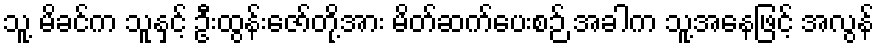
သူ့ မိခင်က သူနှင့် ဦးထွန်းဇော်တို့အား မိတ်ဆက်ပေးစဉ် အခါက သူ့အနေဖြင့် အလွန်